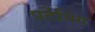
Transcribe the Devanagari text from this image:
पर्टेनिंग